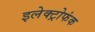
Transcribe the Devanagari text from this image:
इलेक्ट्रोफंक